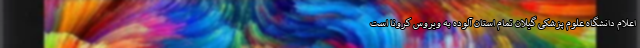
اعلام دانشگاه علوم پزشکی گیلان تمام استان آلوده به ویروس کرونا است